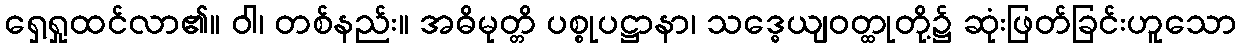
ရှေ့ရှုထင်လာ၏။ ဝါ၊ တစ်နည်း။ အဓိမုတ္တိ ပစ္စုပဋ္ဌာနာ၊ သဒ္ဓေယျဝတ္ထုတို့၌ ဆုံးဖြတ်ခြင်းဟူသော